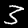
Label: 3